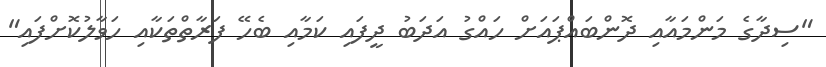
"ސިދާގެ މަންމައާއި ދޮންބައްޕައަށް ހައްގު އަދަބު ދީފައި ކަމާއި ބެހޭ ފަރާތްތަކާއި ހަވާލުކޮށްފައި"